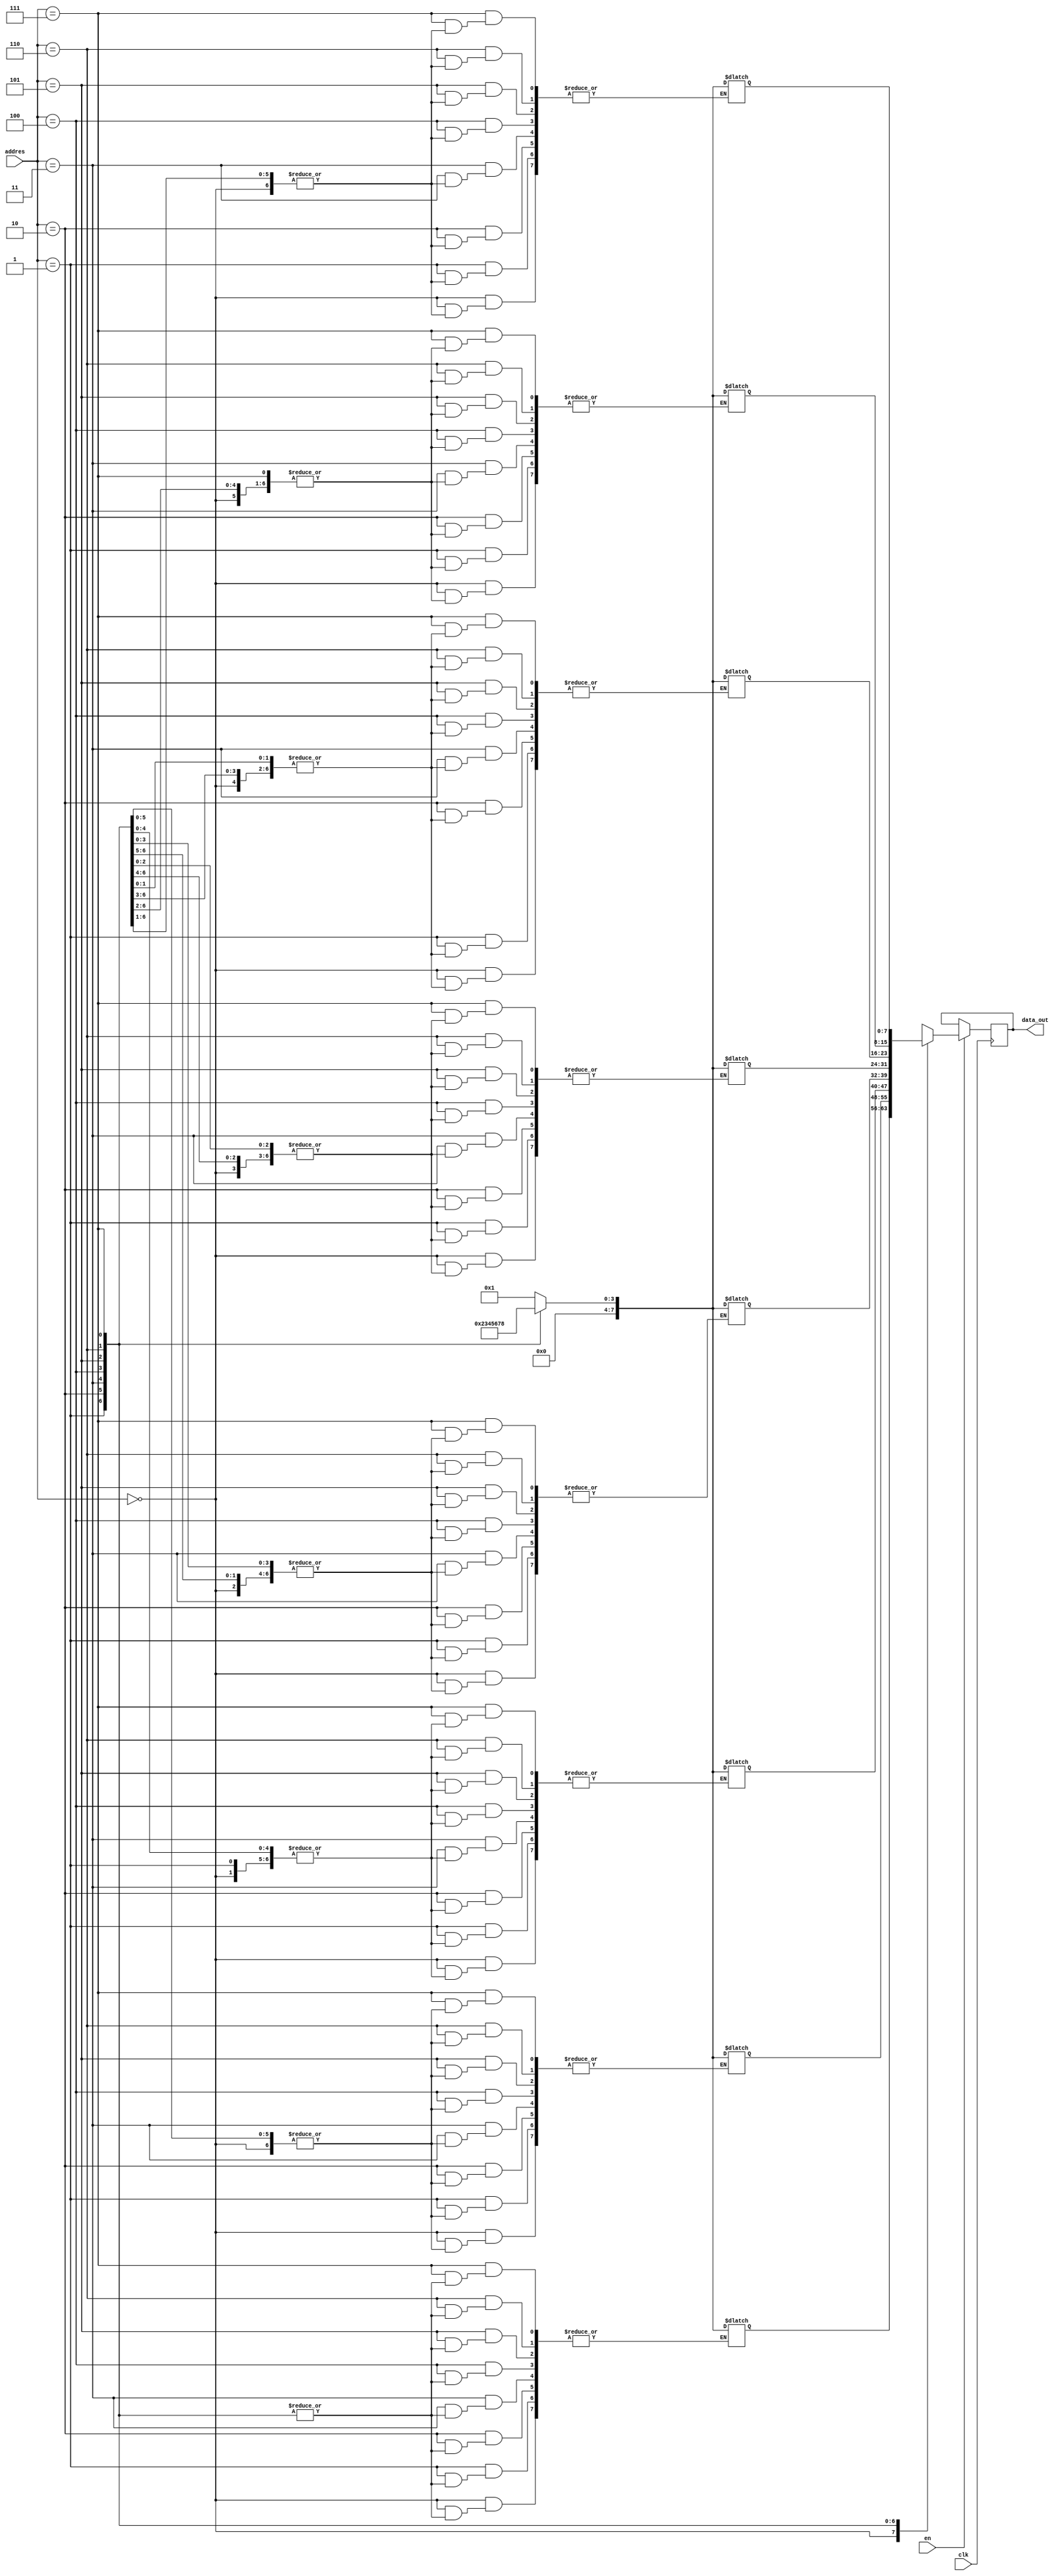
module rom(clk,addres,data_out,en);
input clk,en;
input [2:0] addres;
output reg [7:0] data_out;
reg [7:0] mem [0:7];
initial begin data_out = 8'b00000000; end
always @ (addres)
case (addres)
3'b000 : mem[addres] = 8'b00000001;
3'b001 : mem[addres] = 8'b00000010;
3'b010 : mem[addres] = 8'b00000011;
3'b011 : mem[addres] = 8'b00000100;
3'b100 : mem[addres] = 8'b00000101;
3'b101 : mem[addres] = 8'b00000110;
3'b110 : mem[addres] = 8'b00000111;
3'b111 : mem[addres] = 8'b00001000;
default : mem[addres] = 8'b0000000;
endcase
always@(posedge clk)
begin
if(en)begin
data_out <= mem[addres];
end else
data_out <= data_out;
end
endmodule